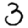
Digit: 3